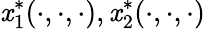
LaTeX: \, \! \mathit{x}_{1}^{*}(\cdot,\cdot,\cdot),\mathit{x}_{2}^{*}(\cdot,\cdot,\cdot)